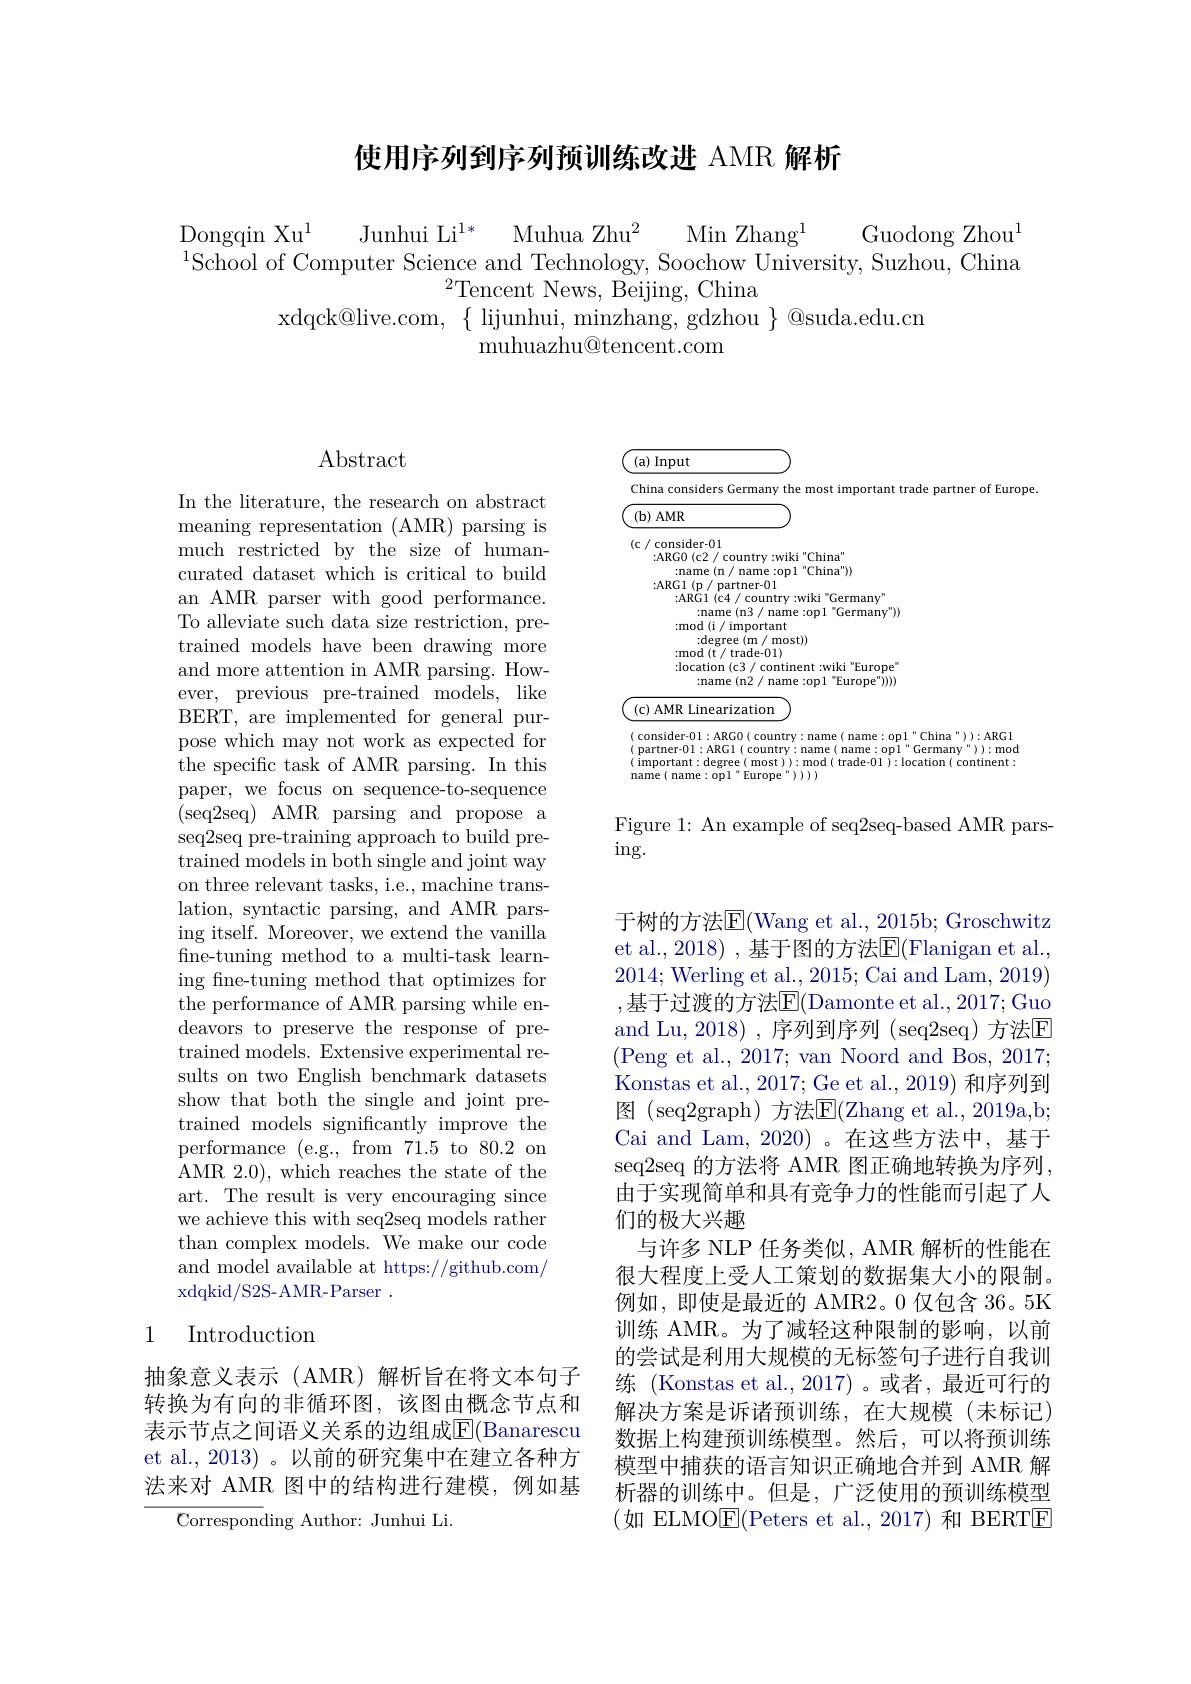
## 使用序列到序列预训练改进 AMR 解析

$\mathop{\mathrm{Dongqin~Xu}}^{1}$
Junhui Li$^{1* }$ Muhua Zhu$^2$ Min Zhang$^1$
Guodong Zhou$^1$
$^{1}$School of Computer Science and Technology, Soochow University, Suzhou, China
$^{2}$Tencent News, Beijing, China
$xdqck@live.com,~\{~lijunhui,~minzhang,~gdzhou~\}~@suda.edu.cn$
${\mathrm{muhuazhu@tencent.com}}$

## $\operatorname{Abstract}$

In the literature, the research on abstract meaning representation (AMR) parsing is much restricted by the size of humancurated dataset which is critical to build an AMR parser with good performance. To alleviate such data size restriction, pretrained models have been drawing more and more attention in AMR parsing. However, previous pre-trained models, like BERT, are implemented for general purpose which may not work as expected for the specific task of AMR parsing. In this paper, we focus on sequence-to-sequence (seq2seq) AMR parsing and propose a seq2seq pre-training approach to build pre- ${\mathrm{trained~models~in~both~single~and~joint~way}}$ on three relevant tasks, i.e., machine translation, syntactic parsing, and AMR parsing itself. Moreover, we extend the vanilla fine-tuning method to a multi-task learning fine-tuning method that optimizes for the performance of AMR parsing while endeavors to preserve the response of pretrained models. Extensive experimental results on two English benchmark datasets show that both the single and joint pretrained models significantly improve the performance (e.g., from 71.5 to 80.2 on AMR 2.0), which reaches the state of the art. The result is very encouraging since we achieve this with seq2seq models rather than complex models. We make our code and model available at https://github.com/ xdqkid/ S2S- AMR- Parser.

## 1 Introduction

抽象意义表示(AMR)解析旨在将文本句子转换为有向的非循环图，该图由概念节点和表示节点之间语义关系的边组成$\overline{\mathrm{F}}($Banarescu et al., 2013) 。以前的研究集中在建立各种方法来对 AMR 图中的结构进行建模，例如基

Corresponding Author: Junhui Li.

<FigureHere>

Figure 1: An example of seq2seq-based AMR pars-
$\operatorname{ing}.$

于树的方法E(Wang et al., 2015b; Groschwitz et al., 2018) , 基于图的方法$\overline{\mathrm{E}}($Flanigan et al., 2014; Werling et al., 2015; Cai and Lam, 2019) ,基于过渡的方法$\overline{\mathrm{E}}($Damonte et al.,2017;Guo and Lu, 2018) , 序列到序列 (seq2seq) 方法区(Peng et al., 2017; van Noord and Bos, 2017; Konstas et al., 2017; Ge et al., 2019) 和序列到图 (seq2graph)方法E$( Zhang et al. , 2019a, b;$ Cai and Lam, 2020)。在这些方法中，基于seq2seq 的方法将 AMR 图正确地转换为序列， 由于实现简单和具有竞争力的性能而引起了人们的极大兴趣
与许多 NLP 任务类似，AMR 解析的性能在很大程度上受人工策划的数据集大小的限制。例如，即使是最近的 AMR2。0 仅包含 36。5K 训练 AMR。为了减轻这种限制的影响，以前的尝试是利用大规模的无标签句子进行自我训练 (Konstas et al.,2017)。或者，最近可行的解决方案是诉诸预训练，在大规模(未标记) 数据上构建预训练模型。然后，可以将预训练模型中捕获的语言知识正确地合并到 AMR 解析器的训练中。但是，广泛使用的预训练模型(如 ELMO$\underline{\mathrm{E}}($Peters et al.,2017)和 BERTE